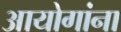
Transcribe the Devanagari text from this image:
आयोगांना